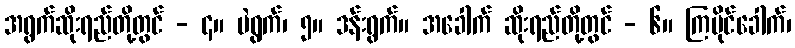
အရွက်ဆိုးရည်တို့တွင် - ၄။ မဲရွက်၊ ၅။ ဒန်းရွက်။ အခေါက် ဆိုးရည်တို့တွင် - ၆။ ကြပိုင်ခေါက်၊